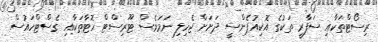
ރިސޯޓްތަކާއި ސަފާރީ ތަކުގެ އޮކިއުޕެންސީ ދަށަށް ޖެހިލި ނަމަވެސް ޓޫރިސްޓް ހޮޓާތަކާއި ގެސްޓްހައުސް